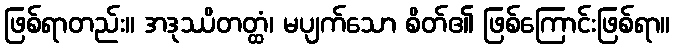
ဖြစ်ရာတည်း။ အဒုဿိတတ္ထံ၊ မပျက်သော စိတ်၏ ဖြစ်ကြောင်းဖြစ်ရာ။